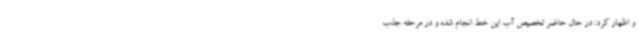
و اظهار کرد: در حال حاضر تخصیص آب این خط انجام شده و در مرحله جذب